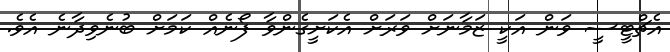
އެޗްޓީސީ ވަން އަކީ ޒަމާނަށް ވަރަށް އެކަށީގެންވާ ފޯނެއް ކަމަށް ބުނެވިދާނެ އެވެ.